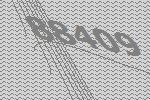
88409